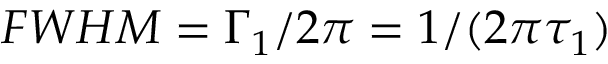
F W H M = \Gamma _ { 1 } / 2 \pi = 1 / ( 2 \pi \tau _ { 1 } )